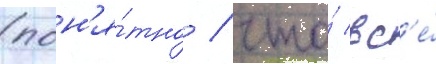
(пон'я́тно / что́ вс'е́